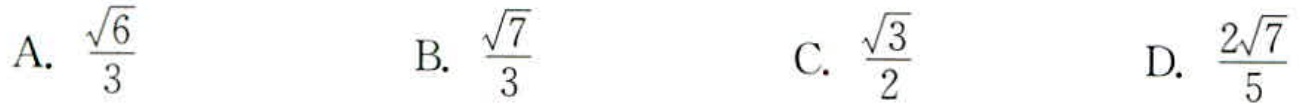
A. $\frac{\sqrt{6}}{3}$

B. $\frac{\sqrt{7}}{3}$

C. $\frac{\sqrt{3}}{2}$

D. $\frac{2\sqrt{7}}{5}$